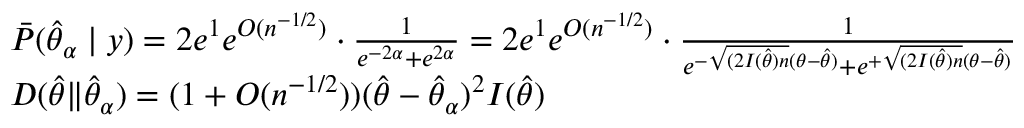
\begin{array} { r l } & { \bar { P } ( \hat { \theta } _ { \alpha } \mid y ) = 2 e ^ { 1 } e ^ { O ( n ^ { - 1 / 2 } ) } \cdot \frac { 1 } { e ^ { - 2 \alpha } + e ^ { 2 \alpha } } = 2 e ^ { 1 } e ^ { O ( n ^ { - 1 / 2 } ) } \cdot \frac { 1 } { e ^ { - \sqrt { ( 2 I ( \hat { \theta } ) n } ( \theta - \hat { \theta } ) } + e ^ { + \sqrt { ( 2 I ( \hat { \theta } ) n } ( \theta - \hat { \theta } ) } } } \\ & { D ( \hat { \theta } \| \hat { \theta } _ { \alpha } ) = ( 1 + O ( n ^ { - 1 / 2 } ) ) ( \hat { \theta } - \hat { \theta } _ { \alpha } ) ^ { 2 } I ( \hat { \theta } ) } \end{array}